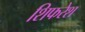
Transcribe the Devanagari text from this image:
शिफरेश